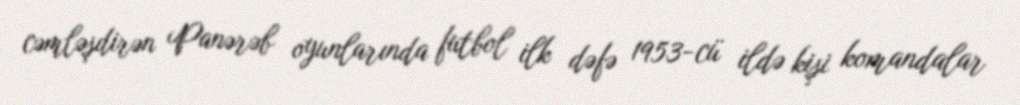
cəmləşdirən Panərəb oyunlarında futbol ilk dəfə 1953-cü ildə kişi komandalar